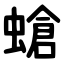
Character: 螥